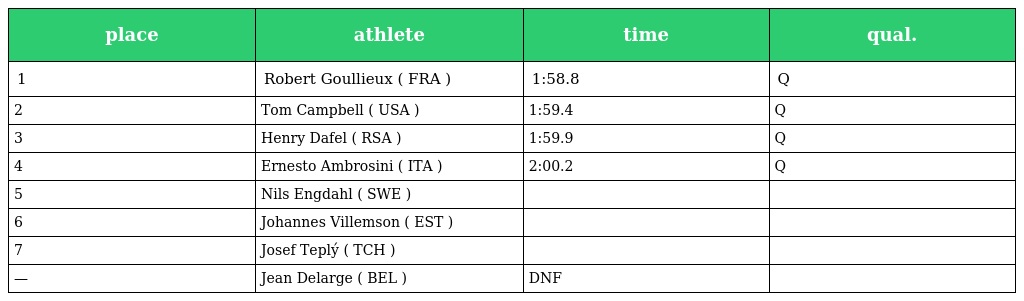
| place | athlete | time | qual. |
 | --- | --- | --- | --- |
 | 1 | Robert Goullieux ( FRA ) | 1:58.8 | Q |
 | 2 | Tom Campbell ( USA ) | 1:59.4 | Q |
 | 3 | Henry Dafel ( RSA ) | 1:59.9 | Q |
 | 4 | Ernesto Ambrosini ( ITA ) | 2:00.2 | Q |
 | 5 | Nils Engdahl ( SWE ) |  |  |
 | 6 | Johannes Villemson ( EST ) |  |  |
 | 7 | Josef Teplý ( TCH ) |  |  |
 | — | Jean Delarge ( BEL ) | DNF |  |